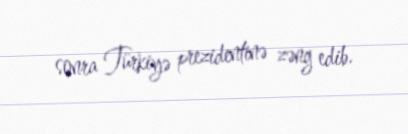
sonra Türkiyə prezidentinə zəng edib.